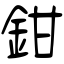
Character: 鉗